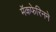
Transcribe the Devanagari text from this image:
मॅकफेरिनने